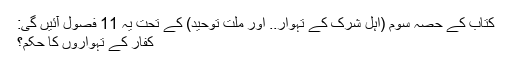
کتاب کے حصۂ سوم (اہلِ شرک کے تہوار.. اور ملتِ توحید) کے تحت یہ 11 فصول آئیں گی:
کفار کے تہواروں کا حکم؟